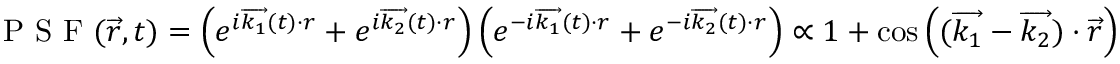
\textrm { P S F } ( \overrightarrow { r } , t ) = \left( e ^ { i \overrightarrow { k _ { 1 } } ( t ) \cdot r } + e ^ { i \overrightarrow { k _ { 2 } } ( t ) \cdot r } \right) \left( e ^ { - i \overrightarrow { k _ { 1 } } ( t ) \cdot r } + e ^ { - i \overrightarrow { k _ { 2 } } ( t ) \cdot r } \right) \propto 1 + \cos \left( ( \overrightarrow { k _ { 1 } } - \overrightarrow { k _ { 2 } } ) \cdot \overrightarrow { r } \right)